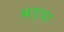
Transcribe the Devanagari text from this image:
मड़वा